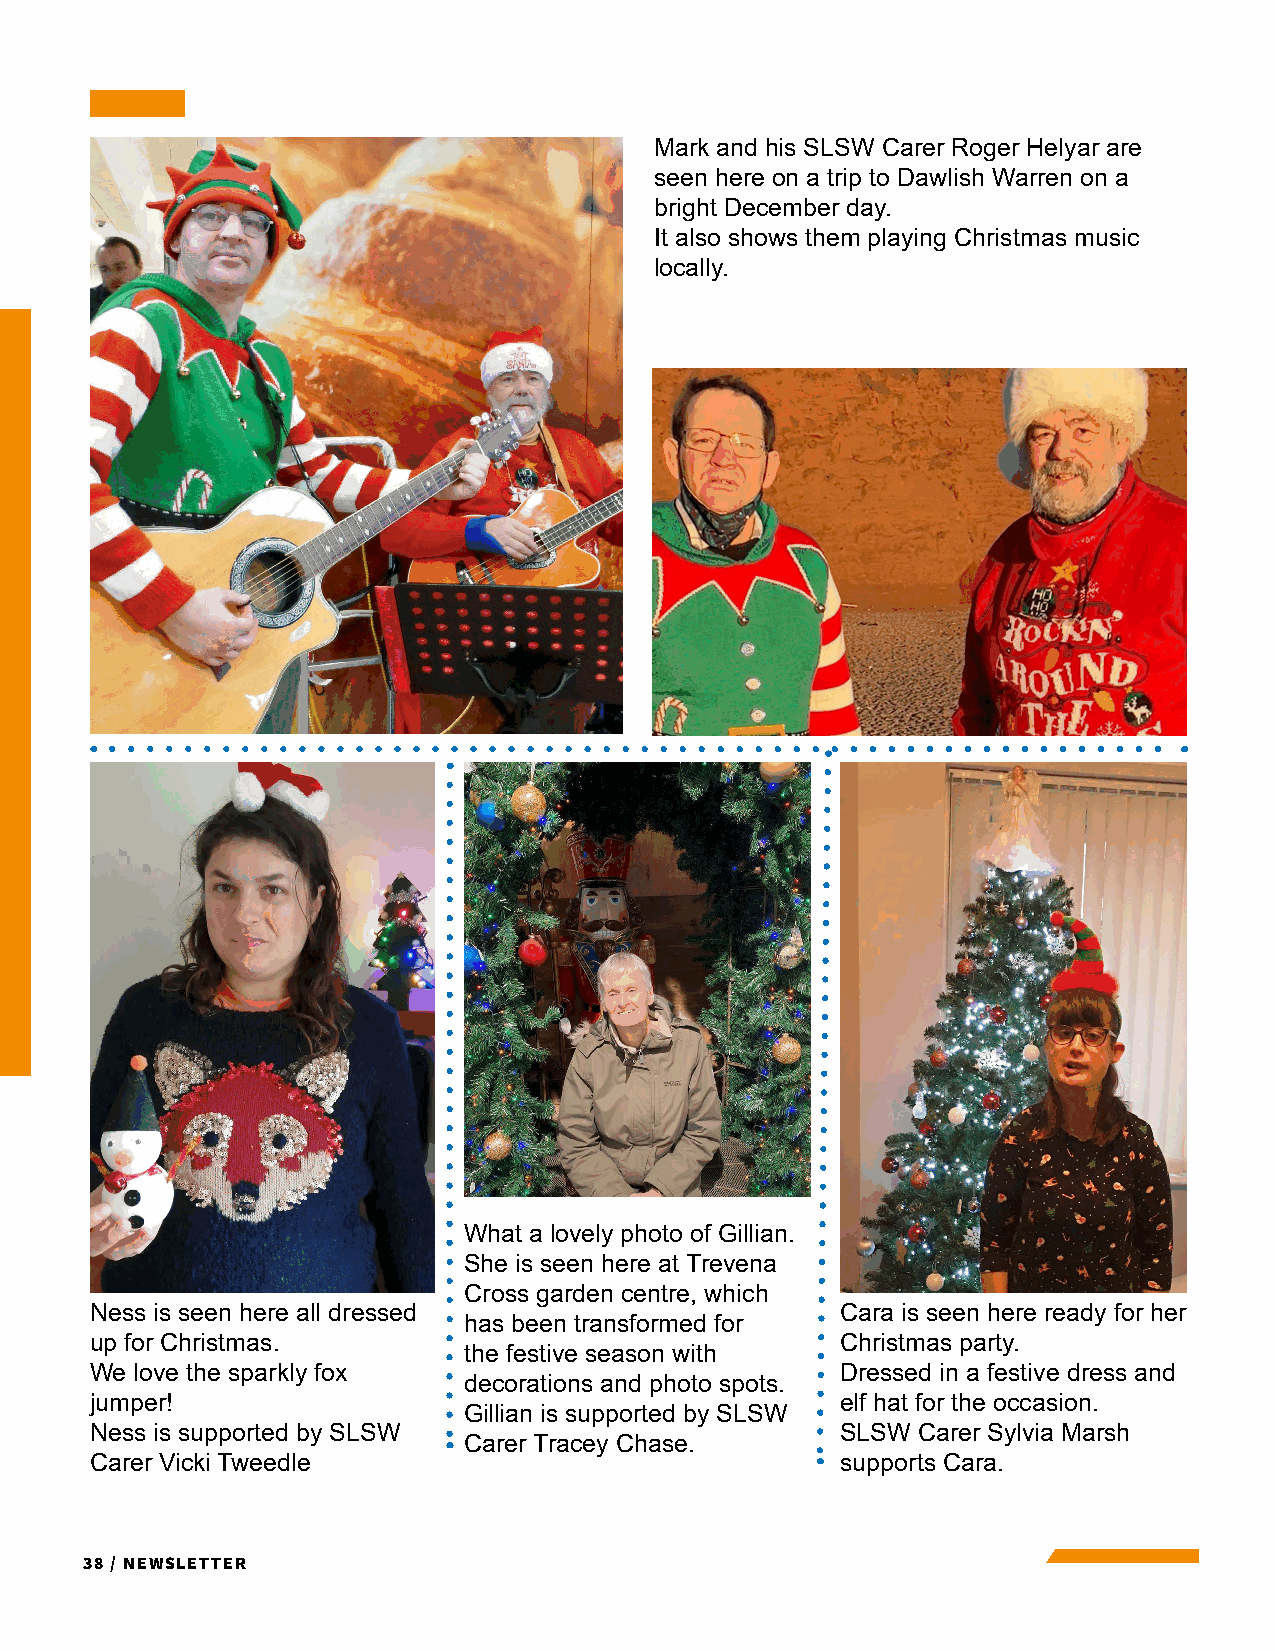
Mark and his SLSW Carer Roger Helyar are
 seen here on a trip to Dawlish Warren on a
 bright December day.
 It also shows them playing Christmas music
 locally.
 What a lovely photo of Gillian.
 She is seen here at Trevena
 Cross garden centre, which
 Ness is seen here all dressed                     Cara is seen here ready for her
 has been transformed for
 up for Christmas.                                 Christmas party.
 the festive season with
 We love the sparkly fox                           Dressed in a festive dress and
 decorations and photo spots.
 jumper!                                           elf hat for the occasion.
 Gillian is supported by SLSW
 Ness is supported by SLSW                         SLSW Carer Sylvia Marsh
 Carer Tracey Chase.
 Carer Vicki Tweedle                               supports Cara.
 38 / Newsletter